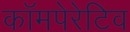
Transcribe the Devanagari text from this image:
कॉमपेरेटिव